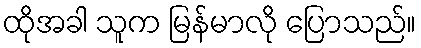
ထိုအခါ သူက မြန်မာလို ပြောသည်။